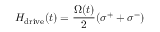
H _ { \mathrm { d r i v e } } ( t ) = \frac { \Omega ( t ) } { 2 } ( \sigma ^ { + } + \sigma ^ { - } )